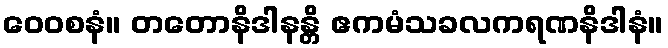
ဝေဝစနံ။ တတောနိဒါနန္တိ ဧကမံသခလကရဏနိဒါနံ။